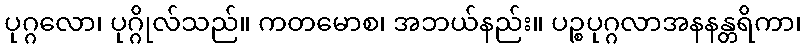
ပုဂ္ဂလော၊ ပုဂ္ဂိုလ်သည်။ ကတမောစ၊ အဘယ်နည်း။ ပဉ္စပုဂ္ဂလာအနနန္တရိကာ၊